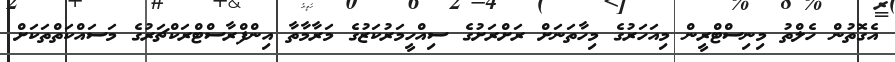
އެގޮތުން ހެލްތު މިނިސްޓްރީން މިއަހަރުގެ މިހާތަނަށް ރަށްރަށުގެ ސިއްހީމަރުކަޒުގެ މަރާމާތާ އިންފްރާސްޓްރަކްޗަރުގެ މަސައްކަތްތަކަށް